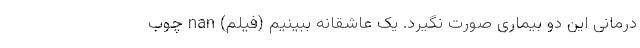
درمانی این دو بیماری صورت نگیرد. یک عاشقانه ببینیم (فیلم) nan چوب